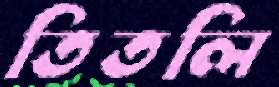
তিতলি